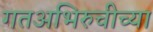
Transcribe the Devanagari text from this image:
गतअभिरुचीच्या